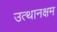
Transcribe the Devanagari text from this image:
उत्थानक्षम